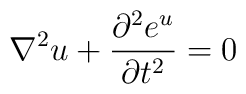
\nabla^2 u + {\partial^2 e^u\over\partial t^2} = 0